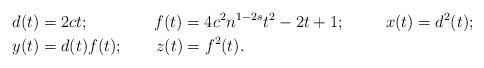
LaTeX: \begin{align*} d(t)&=2ct; \quad\quad\quad\quad f(t)=4c^2n^{1-2s}t^2-2t+1;\quad\quad\ \, x(t)=d^2(t);\\ y(t)&=d(t)f(t);\quad\quad z(t)=f^2(t). \end{align*}